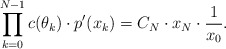
\begin{align*}\prod \limits_{k=0}^{N-1} c(\theta_k) \cdot p'(x_k) = C_N \cdot x_N \cdot \frac1{x_0}.\end{align*}